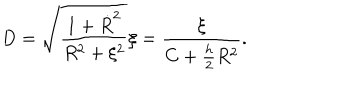
D = \sqrt { \frac { 1 + \dot { R } ^ { 2 } } { R ^ { 2 } + \xi ^ { 2 } } } \xi = \frac { \xi } { C + \frac { h } { 2 } R ^ { 2 } } .